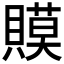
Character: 𧷸